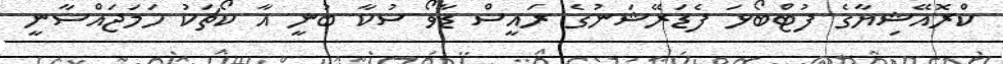
ކްރޮއޭޝިޔާގެ ފުޓްބޯޅަ ފެޑަރޭޝަނުގެ ރައީސް ޑާވޯ ސުކާ ބުނީ އާ ކޯޗަކު ހަމަޖައްސާނީ